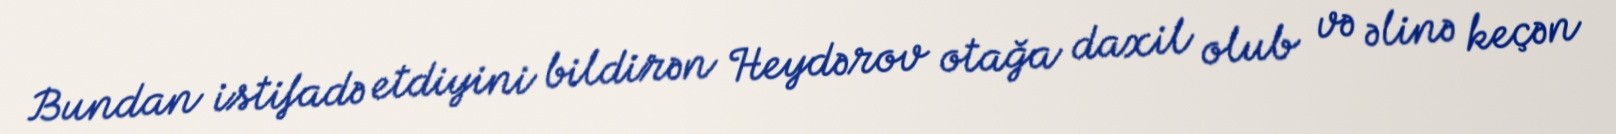
Bundan istifadə etdiyini bildirən Heydərov otağa daxil olub və əlinə keçən